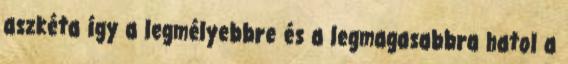
aszkéta így a legmélyebbre és a legmagasabbra hatol a